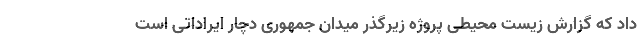
داد که گزارش زیست محیطی پروژه زیرگذر میدان جمهوری دچار ایراداتی است